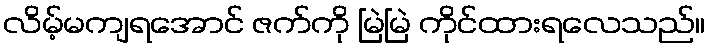
လိမ့်မကျရအောင် ဇက်ကို မြဲမြဲ ကိုင်ထားရလေသည်။